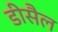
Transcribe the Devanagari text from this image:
डीसैल